Vaccination in Bombay 1869-1873 - 1869-1873
Year: 1869
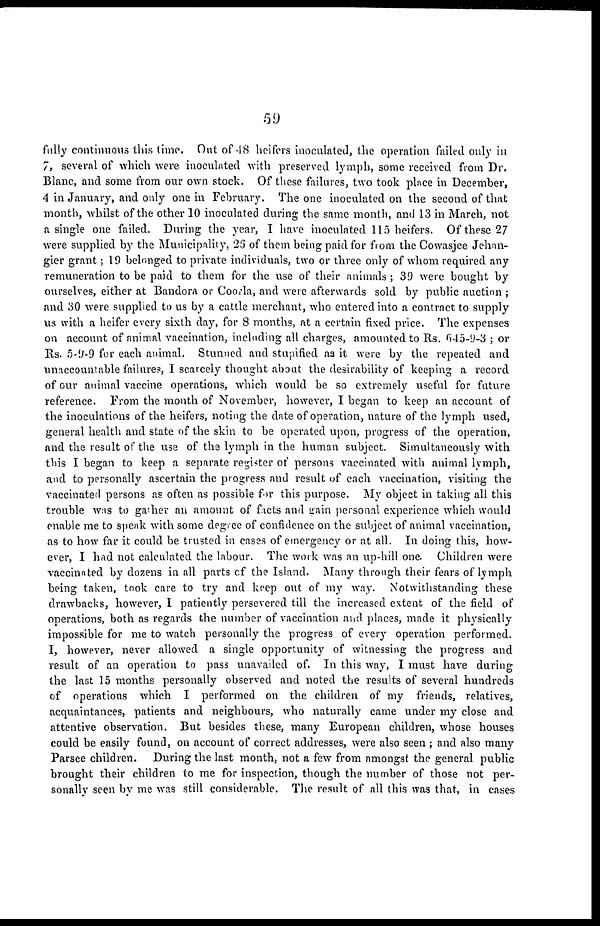
59
fully continuous this time. Out of 48 heifers inoculated, the operation failed only in
7, several of which were inoculated with preserved lymph, some received from Dr.
Blanc, and some from our own stock. Of these failures, two took place in December,
4 in January, and only one in February. The one inoculated on the second of that
month, whilst of the other 10 inoculated during the same month, and 13 in March, not
a single one failed. During the year, I have inoculated 115 heifers. Of these 27
were supplied by the Municipality, 25 of them being paid for from the Cowasjee Jehan¬
gier grant; 19 belonged to private individuals, two or three only of whom required any
remuneration to be paid to them for the use of their animals ; 39 were bought by
ourselves, either at Bandora or Coorla, and were afterwards sold by public auction ;
and 30 were supplied to us by a cattle merchant, who entered into a contract to supply
us with a heifer every sixth day, for 8 months, at a certain fixed price. The expenses
on account of animal vaccination, including all charges, amounted to Rs. 645-9-3 ; or
Rs. 5-9-9 for each animal. Stunned and stupified as it were by the repeated and.
unaccountable failures, I scarcely thought about the desirability of keeping a record
of our animal vaccine operations, which would be so extremely useful for future
reference. From the month of November, however, I began to keep an account of
the inoculations of the heifers, noting the date of operation, nature of the lymph used,
general health and state of the skin to be operated upon, progress of the operation,
and the result of the use of the lymph in the human subject. Simultaneously with
this I began to keep a separate register of persons vaccinated with animal lymph,
and to personally ascertain the progress and result of each vaccination, visiting the
vaccinated persons as often as possible for this purpose. My object in taking all this
trouble was to gather an amount of facts and gain personal experience which would
enable me to speak with some degree of confidence on the subject of animal vaccination,
as to how far it could be trusted in cases of emergency or at all. In doing this, how-
ever, I had not calculated the labour. The work was an up-hill one. Children were
vaccinated by dozens in all parts of the Island. Many through their fears of lymph
being taken, took care to try and keep out of my way. Notwithstanding these
drawbacks, however, I patiently persevered till the increased extent of the field of
operations, both as regards the number of vaccination and places, made it physically
impossible for me to watch personally the progress of every operation performed.
I, however, never allowed a single opportunity of witnessing the progress and
result of an operation to pass unavailed of. In this way, I must have during
the last 15 months personally observed and noted the results of several hundreds
of operations which I performed on the children of my friends, relatives,
acquaintances, patients and neighbours, who naturally came under my close and
attentive observation. But besides these, many European children, whose houses
could be easily found, on account of correct addresses, were also seen ; and also many
Parsee children. During the last month, not a few from amongst the general public
brought their children to me for inspection, though the number of those not per-
sonally seen by me was still considerable. The result of all this was that, in cases